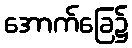
အောက်ခြေ၌